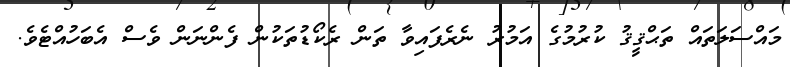
މައްސަލަތައް ތަޙްޤީޤު ކުރުމުގެ އަމުރު ނެރެފައިވާ ތަން ރެކޯޑުތަކުން ފެންނަން ވެސް އެބަހުއްޓެވެ.